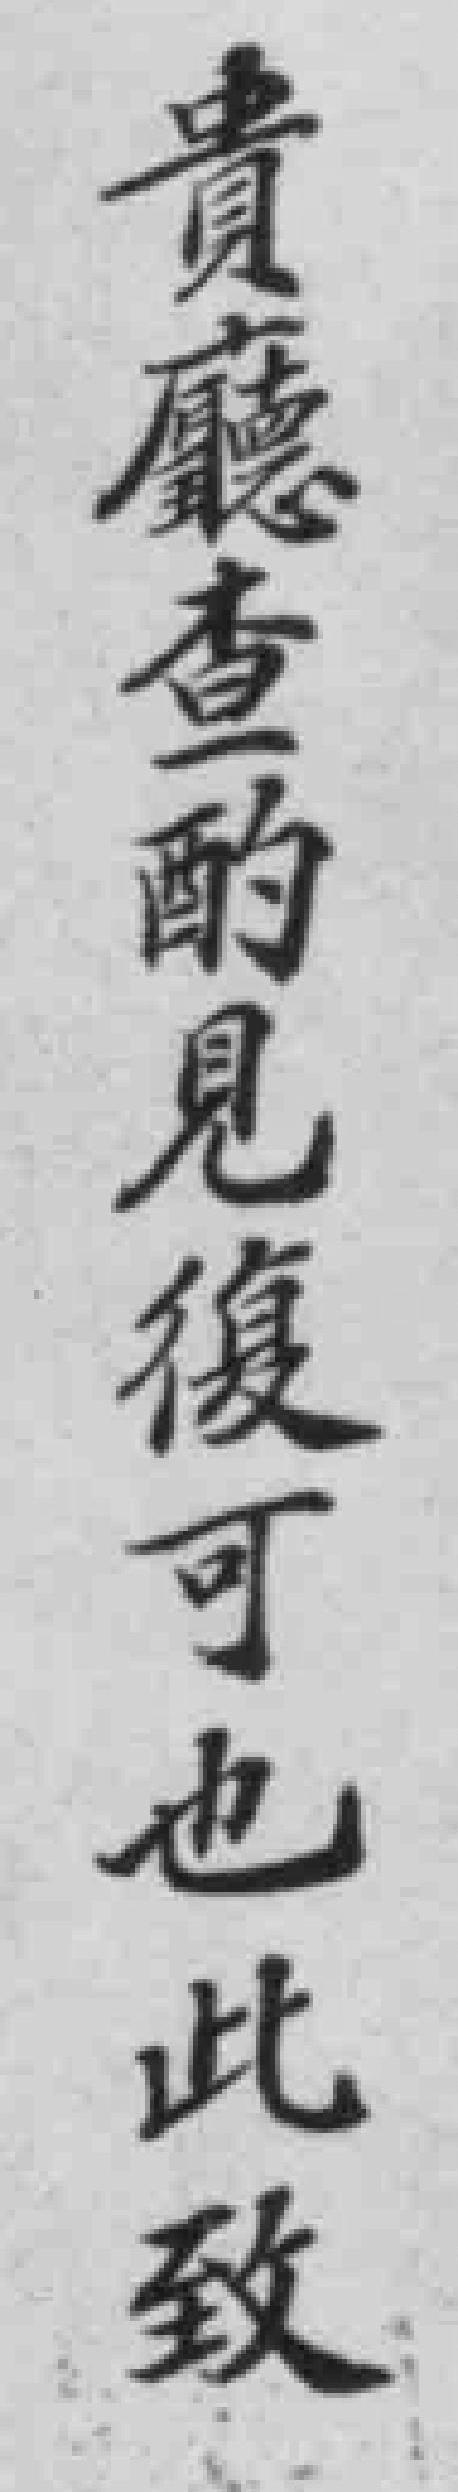
貴廳查酌見復可也此致